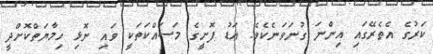
ކަރުގެ އެތެރޭގައި އިންނަ ގުނަވަނެކެވެ. އަޑު ފޮށީގެ މަސައްކަތަކީ ވައި ނޮޅި ހިމާޔަތްކޮށްދީ